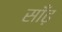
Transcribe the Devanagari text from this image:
साँढ़़